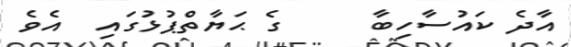
އާދެ ކައުސާހިބާ     ގެ ޙަޔާތްޕުޅުގައި  އެވެ